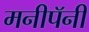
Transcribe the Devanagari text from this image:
मनीपॅनी